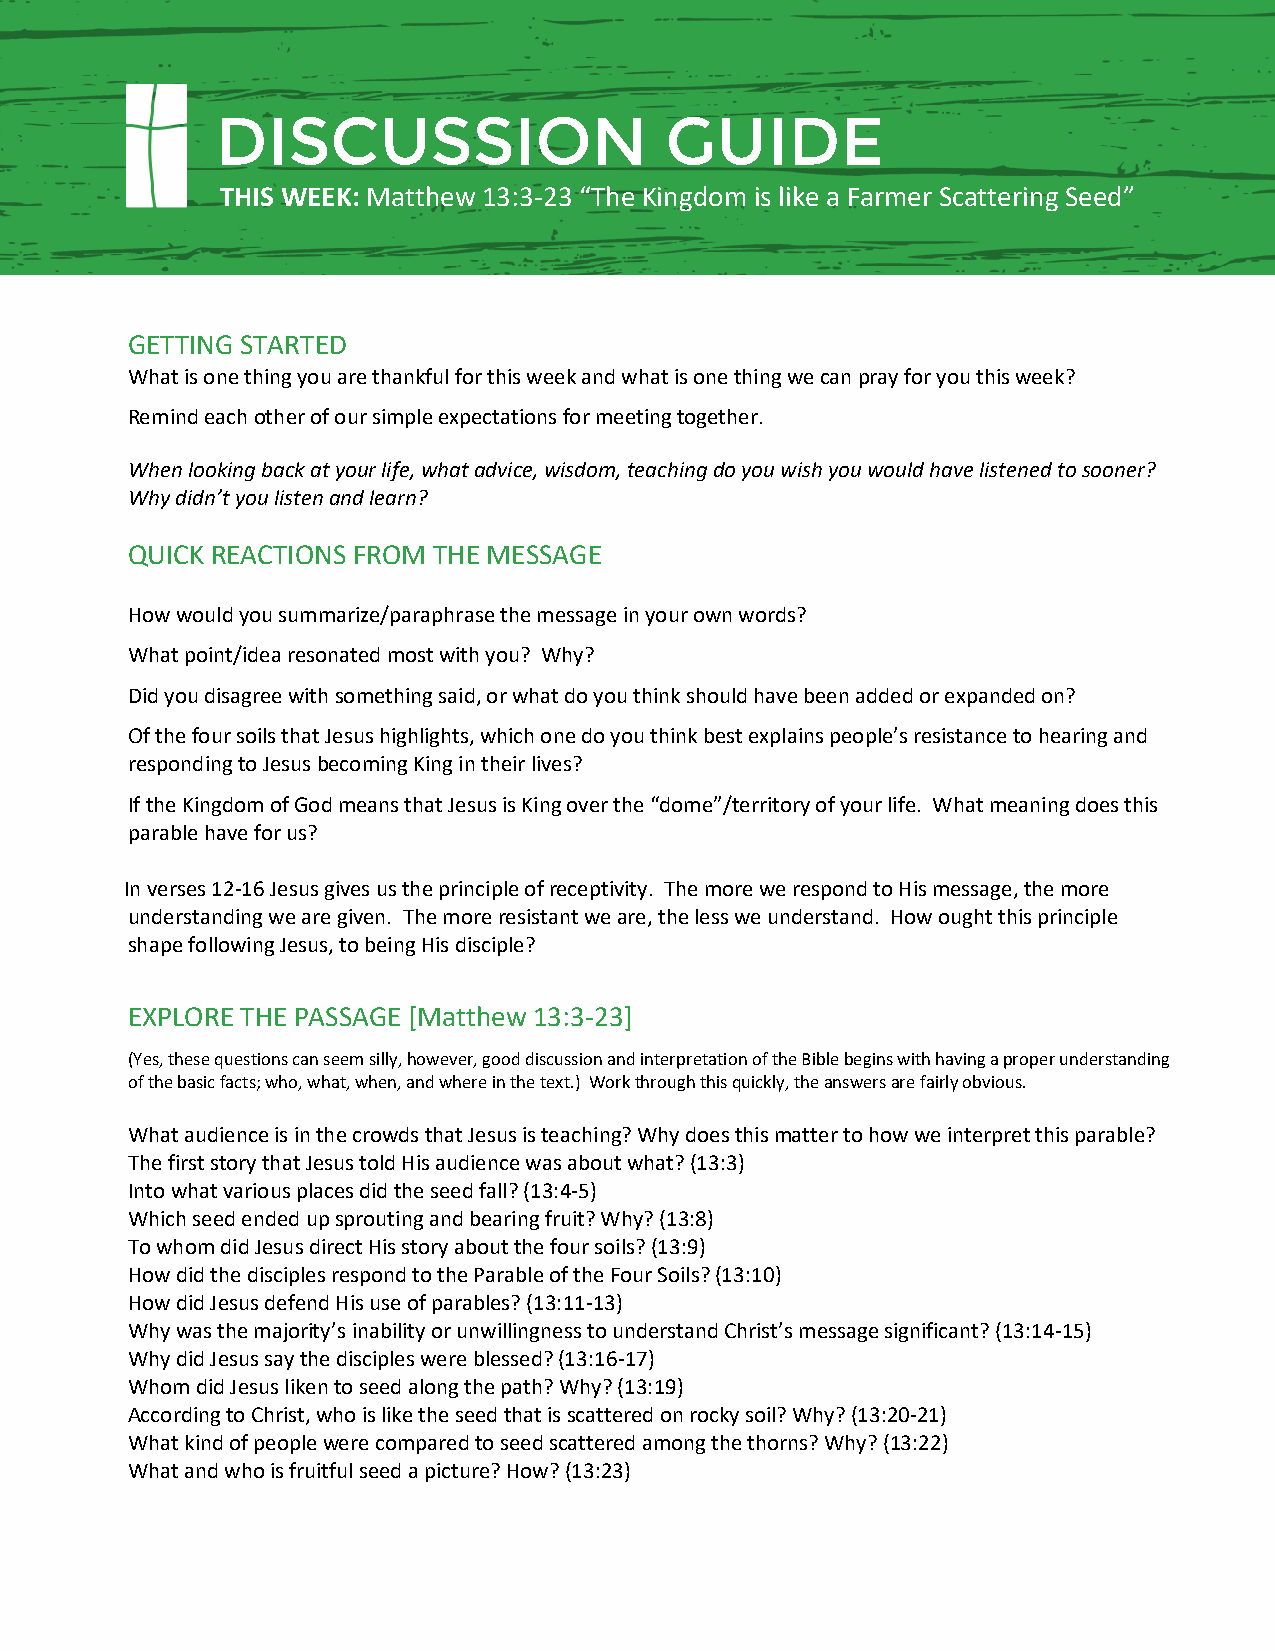
DISCUSSION                    GUIDE
 THIS WEEK: Matthew 13:3-23 “The Kingdom is like a Farmer Scattering Seed”
 GETTING STARTED
 What is one thing you are thankful for this week and what is one thing we can pray for you this week?
 Remind each other of our simple expectations for meeting together.
 When looking back at your life, what advice, wisdom, teaching do you wish you would have listened to sooner?
 Why didn’t you listen and learn?
 QUICK REACTIONS FROM THE MESSAGE
 How would you summarize/paraphrase the message in your own words?
 What point/idea resonated most with you? Why?
 Did you disagree with something said, or what do you think should have been added or expanded on?
 Of the four soils that Jesus highlights, which one do you think best explains people’s resistance to hearing and
 responding to Jesus becoming King in their lives?
 If the Kingdom of God means that Jesus is King over the “dome”/territory of your life. What meaning does this
 parable have for us?
 In verses 12-16 Jesus gives us the principle of receptivity. The more we respond to His message, the more
 understanding we are given. The more resistant we are, the less we understand. How ought this principle
 shape following Jesus, to being His disciple?
 EXPLORE THE PASSAGE [Matthew 13:3-23]
 (Yes, these questions can seem silly, however, good discussion and interpretation of the Bible begins with having a proper understanding
 of the basic facts; who, what, when, and where in the text.) Work through this quickly, the answers are fairly obvious.
 What audience is in the crowds that Jesus is teaching? Why does this matter to how we interpret this parable?
 The first story that Jesus told His audience was about what? (13:3)
 Into what various places did the seed fall? (13:4-5)
 Which seed ended up sprouting and bearing fruit? Why? (13:8)
 To whom did Jesus direct His story about the four soils? (13:9)
 How did the disciples respond to the Parable of the Four Soils? (13:10)
 How did Jesus defend His use of parables? (13:11-13)
 Why was the majority’s inability or unwillingness to understand Christ’s message significant? (13:14-15)
 Why did Jesus say the disciples were blessed? (13:16-17)
 Whom did Jesus liken to seed along the path? Why? (13:19)
 According to Christ, who is like the seed that is scattered on rocky soil? Why? (13:20-21)
 What kind of people were compared to seed scattered among the thorns? Why? (13:22)
 What and who is fruitful seed a picture? How? (13:23)